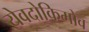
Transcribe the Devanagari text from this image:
येवदोकिमोव